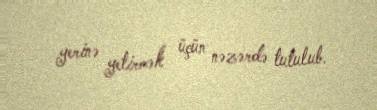
yerinə yetirmək üçün nəzərdə tutulub.